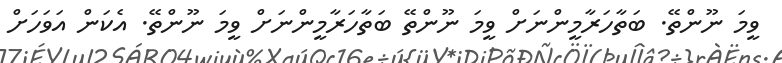
ވީމަ ނޫންތޭ. ބަތާހަރާމީންނަށް ވީމަ ނޫންތޭ ބަތާހަރާމީންނަށް ވީމަ ނޫންތޭ. އެކަން އަވަހަށް